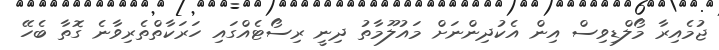
ޖުމެއިރާ މޯލްޑިވިސް އިން އެކުދިންނަށް މައުލޫމާތު ދިނީ ރިސޯޓެއްގައި ހަރަކާތްތެރިވާނެ ގޮތާ ބެހޭ